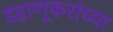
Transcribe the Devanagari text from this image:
डहाणूकरांच्या